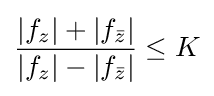
{\frac {|f_{z}|+|f_{\bar {z}}|}{|f_{z}|-|f_{\bar {z}}|}}\leq K